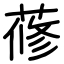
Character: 蓚